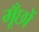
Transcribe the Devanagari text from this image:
मूँछों